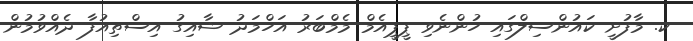
ކ. މާފުށީ ކައުންސިލްގައި ހުންނެވި ޕީޕީއެމް މެމްބަރު އަހްމަދު ޝާއިގު އިސްތިއުފާ ދެއްވުމުން